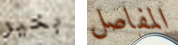
بخير المفاصل